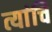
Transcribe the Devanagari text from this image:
त्यांचि